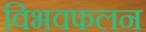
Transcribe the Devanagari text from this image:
विभवफलन